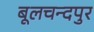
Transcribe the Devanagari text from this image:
बूलचन्दपुर